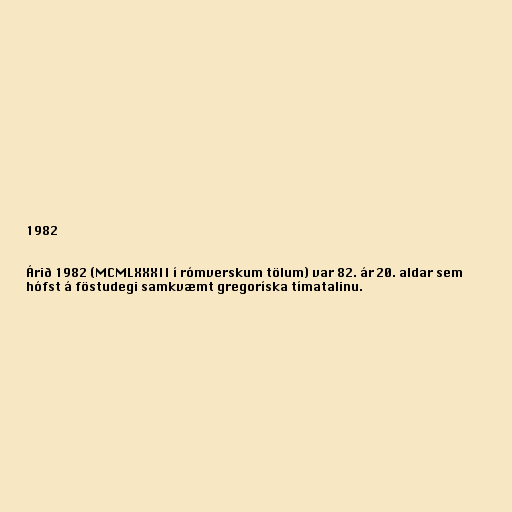
1982

Árið 1982 (MCMLXXXII í rómverskum tölum) var 82. ár 20. aldar sem
hófst á föstudegi samkvæmt gregoríska tímatalinu.